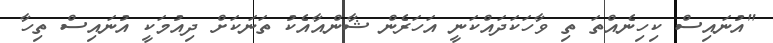
"އުނައިސް ކިހިނެއްތަ ތި ވާހަކަދައްކަނީ އަހަރެން ޝާންއާއެކު ތަނަކަށް ދިއުމަކީ އުނައިސް ތިހާ